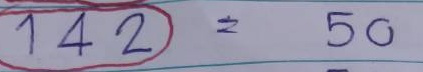
142 = 40